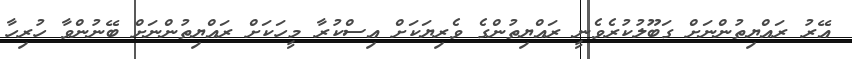
އޭރު ރައްޔިތުންނަށް ގަބޫލުކުރެވެނީ ރައްޔިތުންގެ ވެރިޔަކަށް އިސްކުރާ މީހަކަށް ރައްޔިތުންނަށް ބޭނުންވާ ހުރިހާ